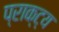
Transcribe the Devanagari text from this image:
प्राक्ट्य